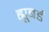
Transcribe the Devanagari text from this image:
ह्यूबर्ड